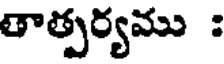
తాత్పర్యము :